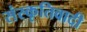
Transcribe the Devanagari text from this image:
संस्कृतिवादी